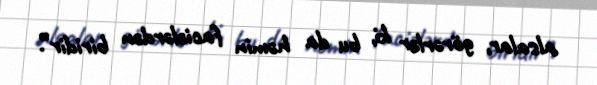
alsalar, görərlər ki, bu da həmin faciələrdən biridir”.